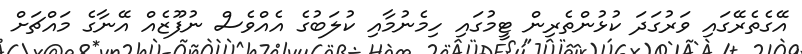
އޭގެތެރޭގައި ވަރުގަދަ ކުޅުންތެރިން ޓީމުގައި ހިމެނުމާއި ކުލަބުގެ އެއްވެސް ނުފޫޒެއް އޭނާގެ މައްޗަށް